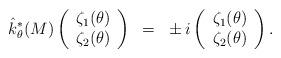
LaTeX: \begin{align*}\hat k^*_\theta(M)\left(\begin{array}{c}\zeta_1(\theta)\\\zeta_2(\theta)\\\end{array}\right)~=~\pm i \left(\begin{array}{c}\zeta_1(\theta)\\\zeta_2(\theta)\\\end{array}\right).\end{align*}